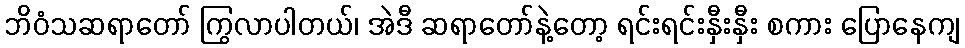
ဘိဝံသဆရာတော် ကြွလာပါတယ်၊ အဲဒီ ဆရာတော်နဲ့တော့ ရင်းရင်းနှီးနှီး စကား ပြောနေကျ